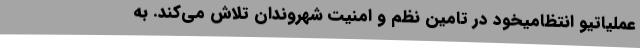
عملیاتیو انتظامیخود در تامین نظم و امنیت شهروندان تلاش می‌کند. به